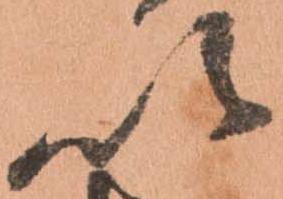
以